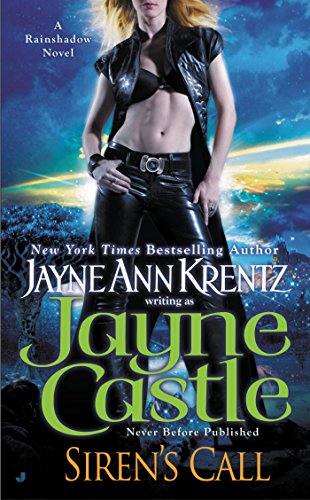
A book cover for Siren's Call (A Rainshadow Novel); Jayne Castle; Romance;